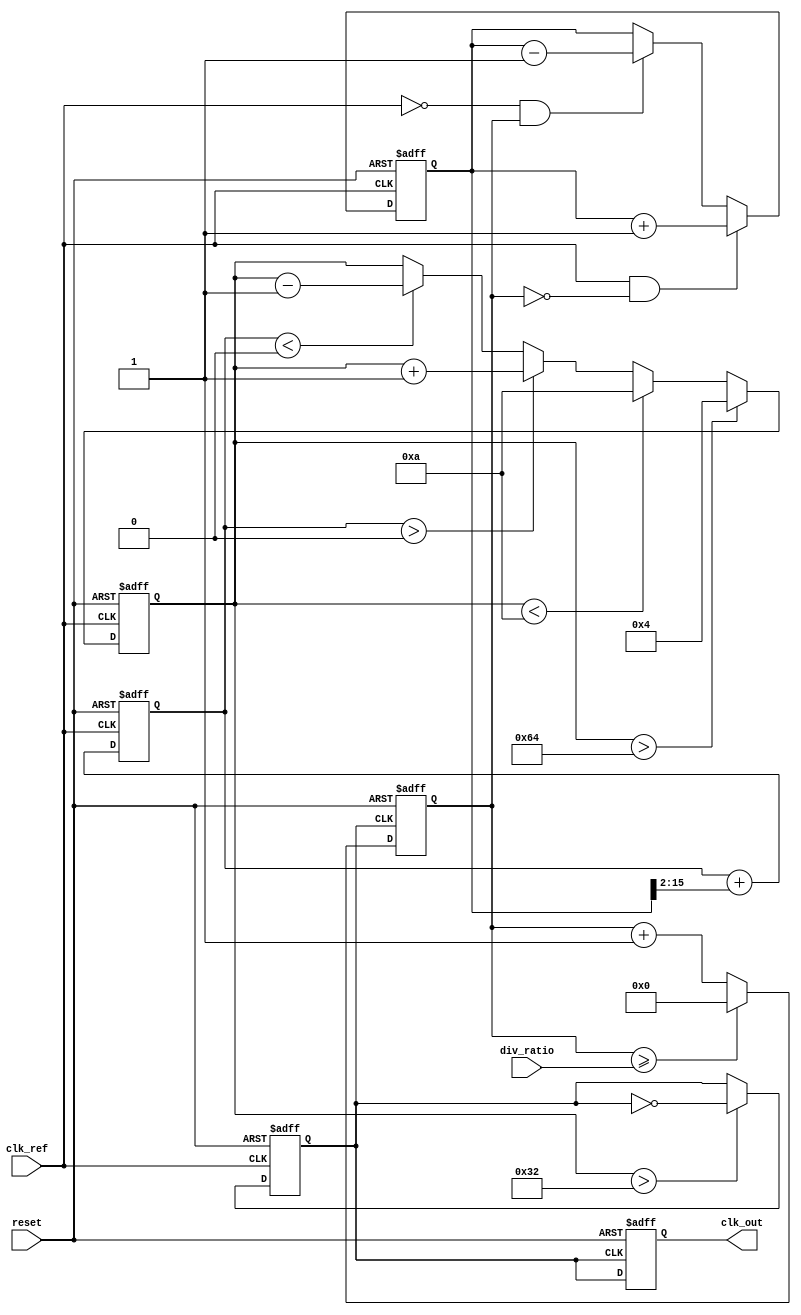
module type2_pll (
    input wire clk_ref,          // Reference clock input
    input wire reset,            // Asynchronous reset
    input wire [N-1:0] div_ratio, // Programmable division ratio
    output reg clk_out           // Output clock
);
    parameter N = 4;             // Number of bits for division ratio
    parameter VCO_MAX_FREQ = 100; // Maximum VCO frequency
    parameter VCO_MIN_FREQ = 10;  // Minimum VCO frequency

    // Internal signals
    reg [N-1:0] feedback_div;     // Feedback divider output
    reg [15:0] error_signal;       // Phase error signal
    reg [15:0] control_voltage;     // Control voltage for VCO
    reg [15:0] loop_filter_out;     // Output of the loop filter
    reg vco_output;                // VCO output signal
    reg [3:0] vco_freq;            // VCO frequency control

    // Phase Detector (PD)
    always @(posedge clk_ref or posedge reset) begin
        if (reset) begin
            error_signal <= 0;
        end else begin
            // Compare reference clock with feedback clock
            if (clk_ref && !feedback_div) begin
                error_signal <= error_signal + 1; // Phase error detected
            end else if (!clk_ref && feedback_div) begin
                error_signal <= error_signal - 1; // Phase error detected
            end
        end
    end

    // Loop Filter (LF) - Simple first-order filter for demonstration
    always @(posedge clk_ref or posedge reset) begin
        if (reset) begin
            loop_filter_out <= 0;
        end else begin
            loop_filter_out <= loop_filter_out + (error_signal >> 2); // Simple integration
        end
    end

    // Voltage-Controlled Oscillator (VCO)
    always @(posedge clk_ref or posedge reset) begin
        if (reset) begin
            vco_freq <= VCO_MIN_FREQ;
            vco_output <= 0;
        end else begin
            // Adjust VCO frequency based on control voltage
            if (loop_filter_out > 0) begin
                vco_freq <= vco_freq + 1; // Increase frequency
            end else if (loop_filter_out < 0) begin
                vco_freq <= vco_freq - 1; // Decrease frequency
            end
            
            // Clamp VCO frequency within limits
            if (vco_freq > VCO_MAX_FREQ) begin
                vco_freq <= VCO_MAX_FREQ;
            end else if (vco_freq < VCO_MIN_FREQ) begin
                vco_freq <= VCO_MIN_FREQ;
            end
            
            // Generate VCO output clock based on frequency
            vco_output <= (vco_freq > 50) ? ~vco_output : vco_output; // Simple toggle for demonstration
        end
    end

    // Feedback Divider
    always @(posedge vco_output or posedge reset) begin
        if (reset) begin
            feedback_div <= 0;
        end else begin
            feedback_div <= feedback_div + 1;
            if (feedback_div >= div_ratio) begin
                feedback_div <= 0; // Reset feedback divider
            end
        end
    end

    // Output Clock Generation
    always @(posedge vco_output or posedge reset) begin
        if (reset) begin
            clk_out <= 0;
        end else begin
            clk_out <= vco_output; // Output the VCO clock
        end
    end
endmodule